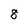
Character: 8